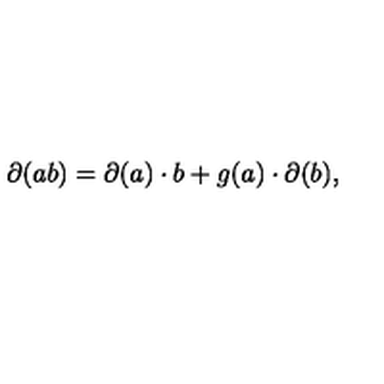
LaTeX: \partial ( a b ) = \partial ( a ) \cdot b + g ( a ) \cdot \partial ( b ) ,